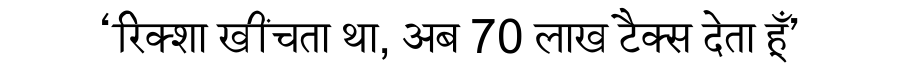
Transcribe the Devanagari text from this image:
‘रिक्शा खींचता था, अब 70 लाख टैक्स देता हूँ’